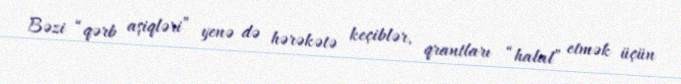
Bəzi “qərb aşiqləri” yenə də hərəkətə keçiblər, qrantları “halal” etmək üçün